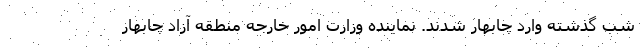
شب گذشته وارد چابهار شدند. نماینده وزارت امور خارجه منطقه آزاد چابهار